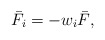
\begin{align*}{\bar F_i} =- {{ w}_i}{\bar F},\end{align*}